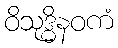
ဝိသုဒ္ဓိနဝကံ